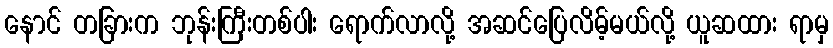
နောင် တခြားက ဘုန်းကြီးတစ်ပါး ရောက်လာလို့ အဆင်ပြေလိမ့်မယ်လို့ ယူဆထား ရာမှ